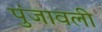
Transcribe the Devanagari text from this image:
पुंजावली